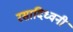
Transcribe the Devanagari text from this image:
रसादिध्वनी